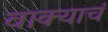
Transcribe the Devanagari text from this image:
वाक्याचं